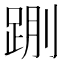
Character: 𰸌